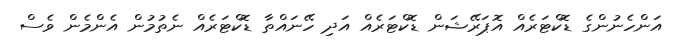
އަންހެނުންގެ ޑޮކްޓަރެއް އޮޕަރޭޝަން ޑޮކްޓަރެއް އަދި ހޭނައްތާ ޑޮކްޓަރެއް ނެތުމުން އެންމެން ވެސް